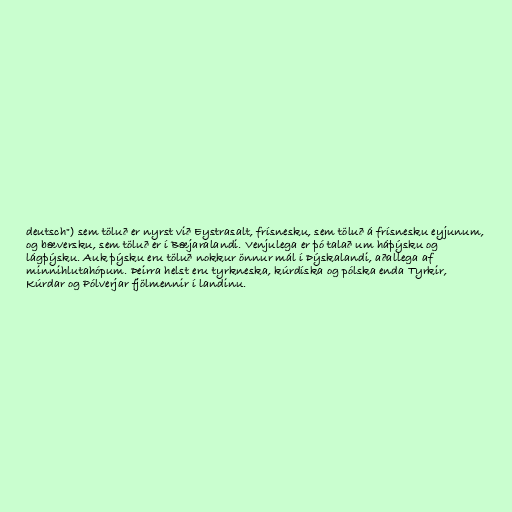
deutsch") sem töluð er nyrst við Eystrasalt, frísnesku, sem töluð á frísnesku eyjunum,
og bæversku, sem töluð er í Bæjaralandi. Venjulega er þó talað um háþýsku og
lágþýsku. Auk þýsku eru töluð nokkur önnur mál í Þýskalandi, aðallega af
minnihlutahópum. Þeirra helst eru tyrkneska, kúrdíska og pólska enda Tyrkir,
Kúrdar og Pólverjar fjölmennir í landinu.